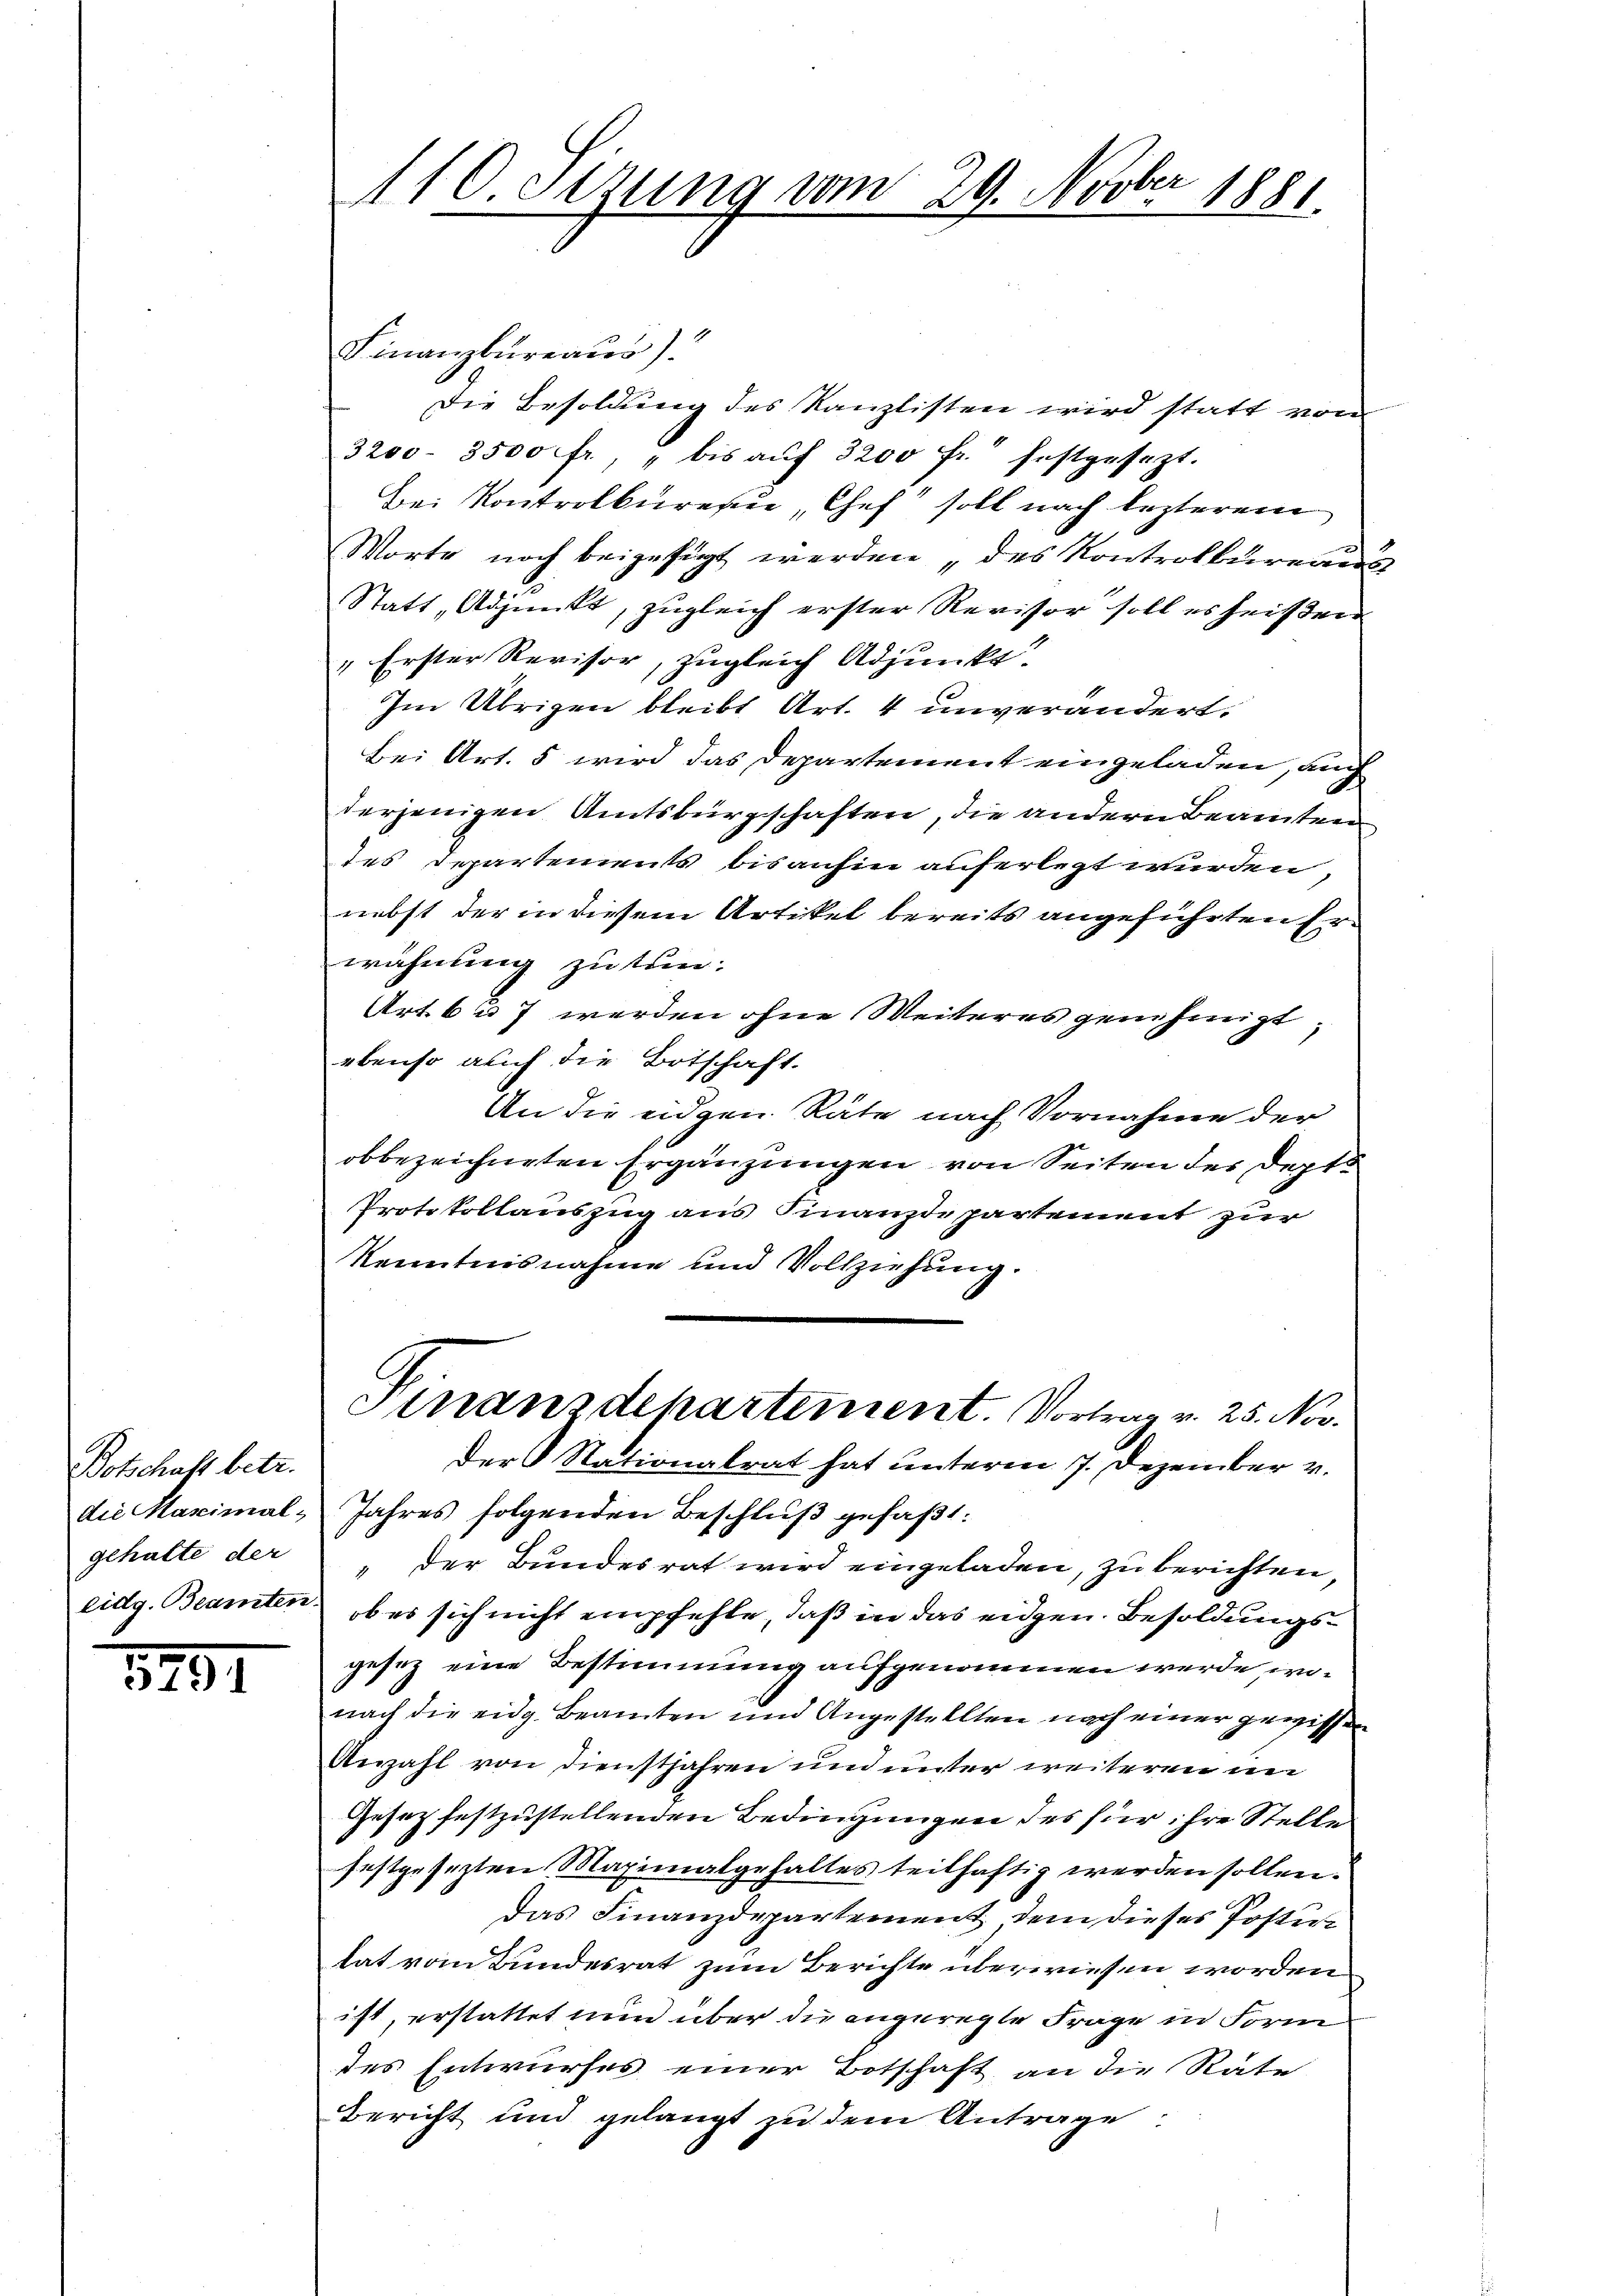
Botschaft betr.
die Maximal-
gehalte der

5797

110. Stzung vom 29. Novber 1881.

Finanzbureaus)
Die Besoldung des Kanzlisten wird statt vom
3200. 3500 fr, " bis aŭf 3200 fr. festgesezt.
Bei Kontrolbureau, Chef soll nach lezterem
Worte noch beigefügt werden „des Kontrolbureaus
Statt, Adjunkt, zugleich erster Revisor soll es heißen
1 Erster Revisor, zugleich Adjunkt
Im Übrigen bleibt Art. 4 unverändert.
Bei Art. 5 wird das Departement eingeladen, auch
derjenigen Amtsbürgschaften, die andern Beamten
des Departements bisanhin auferlegt wurden,
nebst der in diesem Artikel bereits angeführten Erwähnung zu tun.
Art. 6 u. 7 werden ohne Weiteres genehmigt,
ebenso auch die Botschaft.
An die eidgen Räte nach Vornahme der
obbezeichneten Ergänzungen von Seiten der Depts
Protokollauszug aus Finanzdepartement zur
Kenntnisnahme und Vollziehung.
Finanzdepartement. Vortrag v. 25. Nov.
Der Stationalrat hat unterm 7. Dezember v.
Jahres folgenden Beschluß gefaßt:
" der Bundesrat wird eingeladen, zu berichten,
eidg. Beamten ob es sich nicht empfehle, daß in das eidgen. Besoldungsgesez eine Bestimmung aufgenommen werde, wonach die eidg. Beamten und Angestellten nach einer gewissen
Anzahl von dienstjahren und unter weiteren in
Gesez festzustellenden Bedingungen des für ihre Stelle
festgesezten Maximalgehaltes teilhaftig werden sollen.
das Finanzdepartement, dem dieses Postutat vom Bundesrat zum Berichte überwiesen worden.
ist, erstattet nun über die angeregte Frage in Form
des Entwurfes einer Botschaft an die Räte
Bericht und gelangt zu dem Antrage